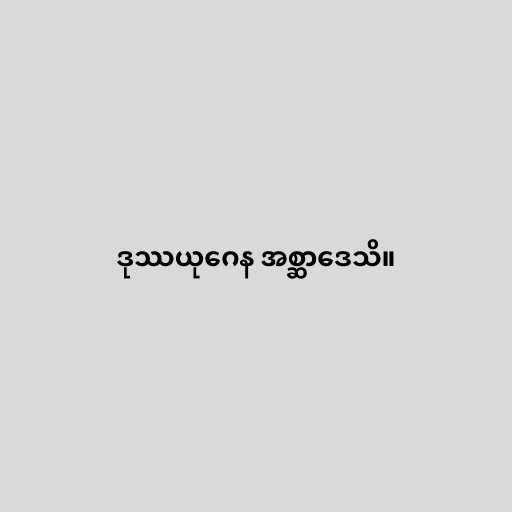
ဒုဿယုဂေန အစ္ဆာဒေသိ။